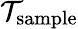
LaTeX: \mathcal{T}_{\textrm{{sample}}}